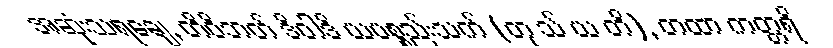
အဆုံးသရချေ, တိဝိဘတ် ဒိဝါဒိ ယပစ္စည်းသက် (တု သ် ယ တိ), တထာ ကတ္တရိ